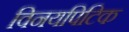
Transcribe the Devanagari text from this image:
विनयपिटिक